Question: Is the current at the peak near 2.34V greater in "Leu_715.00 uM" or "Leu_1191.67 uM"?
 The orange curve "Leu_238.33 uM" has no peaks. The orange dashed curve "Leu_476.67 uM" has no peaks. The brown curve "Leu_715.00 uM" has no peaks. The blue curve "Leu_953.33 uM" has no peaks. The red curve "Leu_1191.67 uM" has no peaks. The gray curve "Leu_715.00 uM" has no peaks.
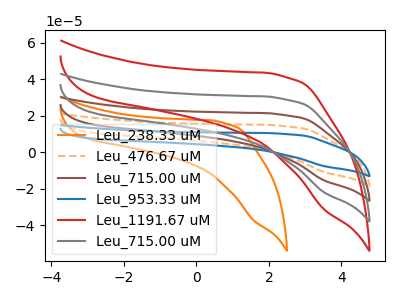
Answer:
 <answer>"Leu_715.00 uM" and "Leu_1191.67 uM" dont share a peak at 2.34V.</answer>
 <eval>mismatch</eval>